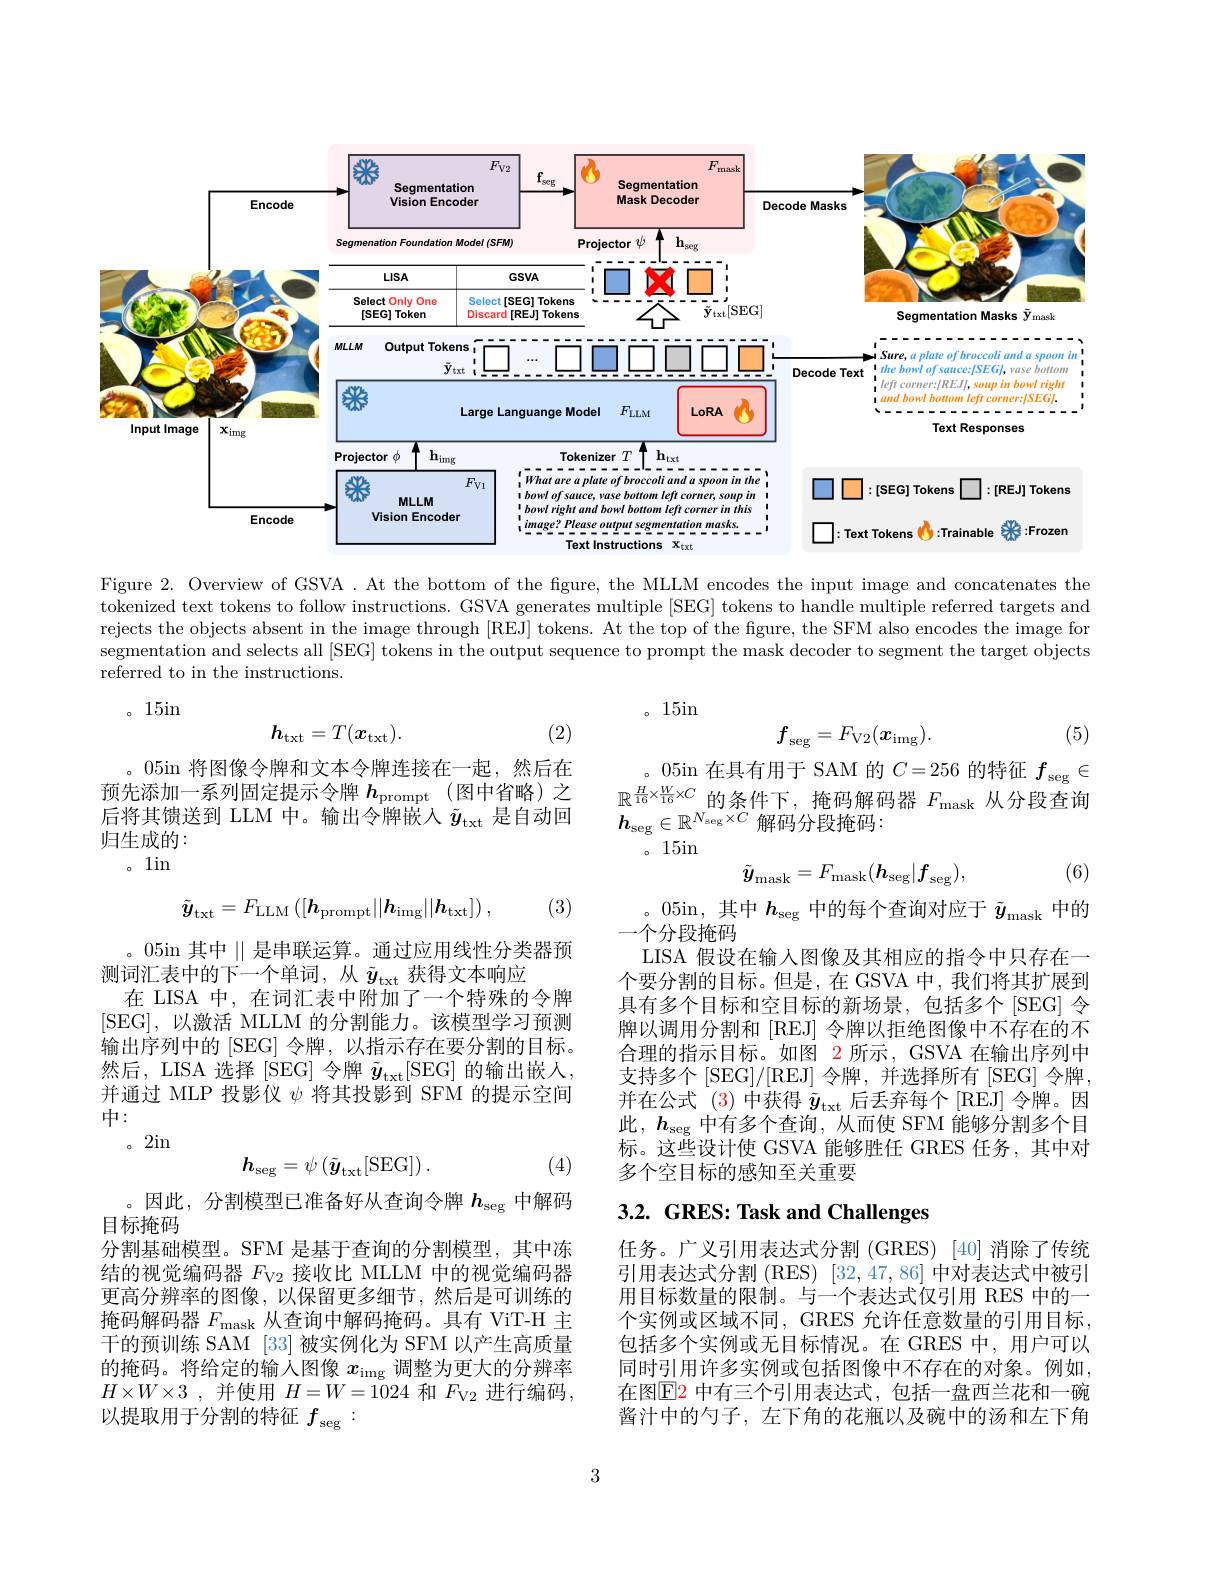
<FigureHere>

Figure 2. Overview of GSVA . At the bottom of the fgure, the MLLM encodes the input image and concatenates the tokenized text tokens to follow instructions. GSVA generates multiple [SEG] tokens to handle multiple referred targets and rejects the objects absent in the image through [REJ] tokens. At the top of the fgure, the SFM also encodes the image for segmentation and selects all [SEG] tokens in the output sequence to prompt the mask decoder to segment the target objects referred to in the instructions.

。15in

。15in
$$h_{\mathrm{txt}}=T(\boldsymbol{x}_{\mathrm{txt}}).$$
(2)
$$f_{\mathrm{seg}}=F_{\mathrm{V2}}(\boldsymbol{x}_{\mathrm{img}}).$$
(5)

。05in 在具有用于 SAM 的$C=256$的特征$f_\mathrm{seg}\in$ $\mathbb{R}^{\frac H{16}\times\frac W{16}\times C}$的条件下，掩码解码器$F_\mathrm{mask}$从分段查询$h_{\mathrm{seg}}\in\mathbb{R}^{N_{\mathrm{seg}}\times C}$解码分段掩码：
。15in

。05in 将图像令牌和文本令牌连接在一起，然后在预先添加一系列固定提示令牌$h_\mathrm{prompt}$ (图中省略)之后将其馈送到 LLM 中。输出令牌嵌入$\tilde{y}_\mathrm{txt}$是自动回归生成的：
。1in
$$\tilde{\boldsymbol{y}}_{\mathrm{mask}}=F_{\mathrm{mask}}(\boldsymbol{h}_{\mathrm{seg}}|f_{\mathrm{seg}}),$$
(6)

(3)
$$\tilde{\boldsymbol{y}}_{\mathrm{txt}}=F_{\mathrm{LLM}}\left([\boldsymbol{h}_{\mathrm{prompt}}||\boldsymbol{h}_{\mathrm{img}}||\boldsymbol{h}_{\mathrm{txt}}]\right),$$
。05in 其中$\parallel$是串联运算。通过应用线性分类器预
测词汇表中的下一个单词，从$\tilde{y}_\mathrm{txt}$获得文本响应
在 LISA 中，在词汇表中附加了一个特殊的令牌[SEG],以激活 MLLM 的分割能力。该模型学习预测输出序列中的[SEG]令牌，以指示存在要分割的目标。然后，LISA 选择 [SEG] 令牌$\tilde{y}_\mathrm{txt}[$SEG] 的输出嵌人， 并通过 MLP 投影仪$\psi$将其投影到 SFM 的提示空间中：
。2in

。05in,其中$h_\mathrm{seg}$中的每个查询对应于$\tilde{y}_\mathrm{mask}$中的
一个分段掩码
LISA 假设在输人图像及其相应的指令中只存在一个要分割的目标。但是，在 GSVA 中，我们将其扩展到具有多个目标和空目标的新场景，包括多个[SEG]令牌以调用分割和[REJ]令牌以拒绝图像中不存在的不合理的指示目标。如图$\color{red}{2}$所示，GSVA 在输出序列中支持多个[SEG]/[REJ]令牌，并选择所有[SEG]令牌， 并在公式 (3)中获得$\tilde{y}_\mathrm{txt}$后丢弃每个 [REJ] 令牌。因此，$h_\mathrm{seg}$中有多个查询，从而使 SFM 能够分割多个目标。这些设计使 GSVA 能够胜任 GRES 任务，其中对多个空目标的感知至关重要

(4)
$$h_{\mathrm{seg}}=\psi\left(\tilde{\boldsymbol{y}}_{\mathrm{txt}}[\mathrm{SEG}]\right).$$
# 3.2. GRES: Task and Challenges

。因此，分割模型已准备好从查询令牌$h_\mathrm{seg}$中解码
目标掩码
分割基础模型。SFM 是基于查询的分割模型，其中冻结的视觉编码器$F_\mathrm{V2}$接收比 MLLM 中的视觉编码器更高分辨率的图像，以保留更多细节，然后是可训练的掩码解码器$F_\mathrm{mask}$从查询中解码掩码。具有 ViT-H 主干的预训练 SAM [33]被实例化为 SFM 以产生高质量的掩码。将给定的输入图像$x_\mathrm{img}$调整为更大的分辨率$H\times W\times 3$ ,并使用$H=W=1024$和$F_\mathrm{V2}$进行编码， 以提取用于分割的特征$f_\mathrm{seg}:$

任务。广义引用表达式分割 (GRES) [40] 消除了传统引用表达式分割 (RES) [32,47,86] 中对表达式中被引用目标数量的限制。与一个表达式仅引用 RES 中的一个实例或区域不同，GRES 允许任意数量的引用目标， 包括多个实例或无目标情况。在 GRES 中，用户可以同时引用许多实例或包括图像中不存在的对象。例如， 在图$\color{red}{\mathrm{E}}$2 中有三个引用表达式，包括一盘西兰花和一碗酱汁中的勺子，左下角的花瓶以及碗中的汤和左下角

3